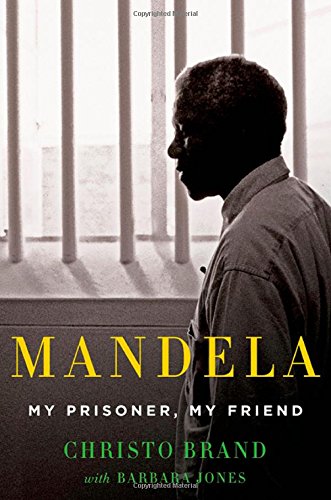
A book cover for Mandela: My Prisoner, My Friend; Christo Brand; Biographies & Memoirs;